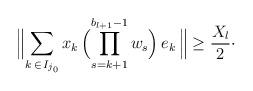
LaTeX: \begin{align*}\Bigl\| \sum_{k\,\in\,I_{j_{0}}}x_{k}\,\Bigl(\prod_{s=k+1}^{b_{l+1}-1}w_{s} \Bigr)\,e_{k}\,\Bigr\|\ge \dfrac{X_{l}}{2}\cdot\end{align*}